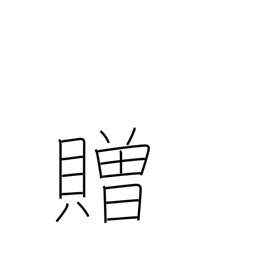
Meaning: confer on